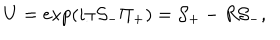
U = \exp ( i \pi { \cal S } _ { - } \Pi _ { + } ) = { \cal S } _ { + } - R { \cal S } _ { - } ,